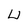
Character: U